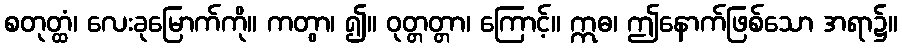
စတုတ္ထံ၊ လေးခုမြောက်ကို။ ကတွာ၊ ၍။ ဝုတ္တတ္တာ၊ ကြောင့်။ ဣဓ၊ ဤနောက်ဖြစ်သော အရာ၌။